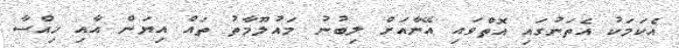
އެކަމަކު އެތަނުގައި އޮތްވައި އޭނާއަށް ލިބުނު މައުލޫމާތު ތައް އިޔަން އާއި ހިއްސާ